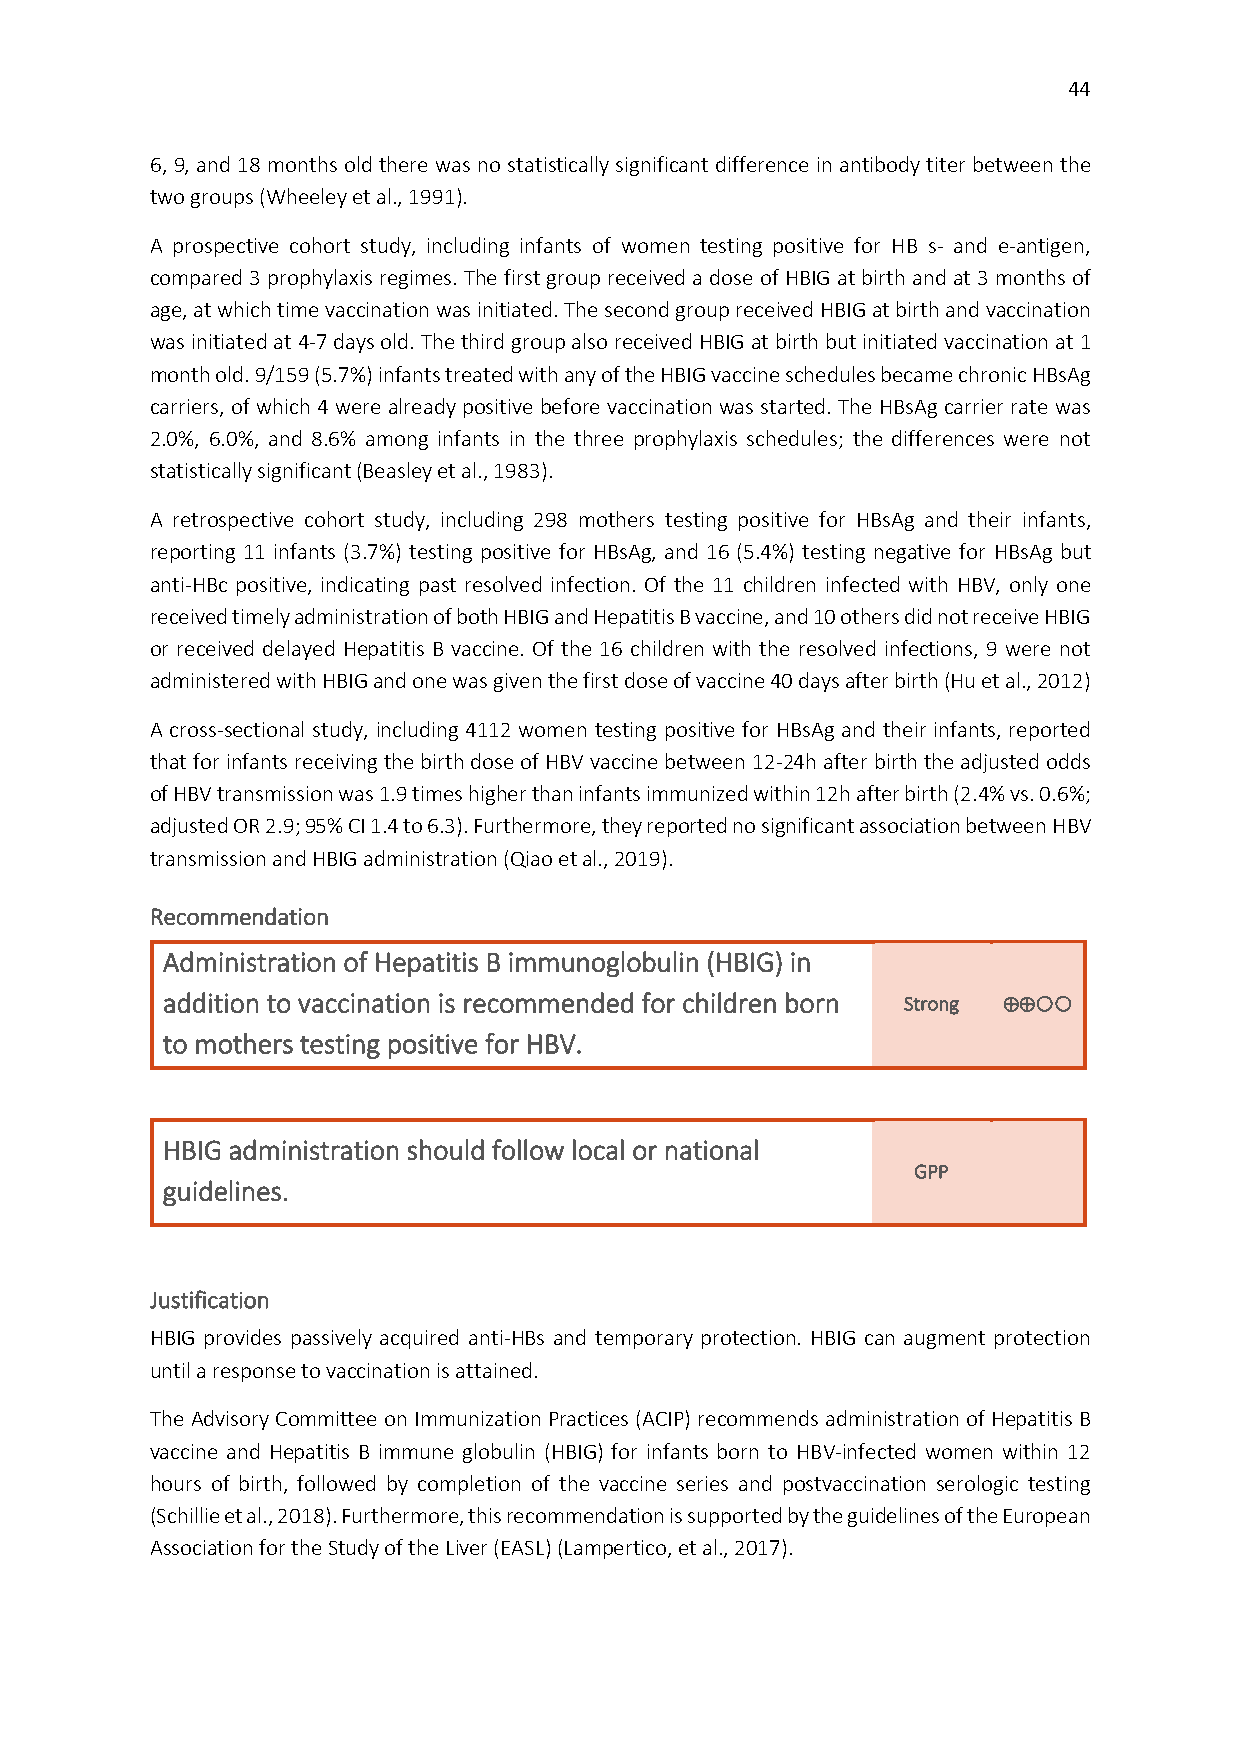
44
 6, 9, and 18 months old there was no statistically significant difference in antibody titer between the
 two groups (Wheeley et al., 1991).
 A prospective cohort study, including infants of women testing positive for HB s- and e-antigen,
 compared 3 prophylaxis regimes. The first group received a dose of HBIG at birth and at 3 months of
 age, at which time vaccination was initiated. The second group received HBIG at birth and vaccination
 was initiated at 4-7 days old. The third group also received HBIG at birth but initiated vaccination at 1
 month old. 9/159 (5.7%) infants treated with any of the HBIG vaccine schedules became chronic HBsAg
 carriers, of which 4 were already positive before vaccination was started. The HBsAg carrier rate was
 2.0%, 6.0%, and 8.6% among infants in the three prophylaxis schedules; the differences were not
 statistically significant (Beasley et al., 1983).
 A retrospective cohort study, including 298 mothers testing positive for HBsAg and their infants,
 reporting 11 infants (3.7%) testing positive for HBsAg, and 16 (5.4%) testing negative for HBsAg but
 anti-HBc positive, indicating past resolved infection. Of the 11 children infected with HBV, only one
 received timely administration of both HBIG and Hepatitis B vaccine, and 10 others did not receive HBIG
 or received delayed Hepatitis B vaccine. Of the 16 children with the resolved infections, 9 were not
 administered with HBIG and one was given the first dose of vaccine 40 days after birth (Hu et al., 2012)
 A cross-sectional study, including 4112 women testing positive for HBsAg and their infants, reported
 that for infants receiving the birth dose of HBV vaccine between 12-24h after birth the adjusted odds
 of HBV transmission was 1.9 times higher than infants immunized within 12h after birth (2.4% vs. 0.6%;
 adjusted OR 2.9; 95% CI 1.4 to 6.3). Furthermore, they reported no significant association between HBV
 transmission and HBIG administration (Qiao et al., 2019).
 Recommendation
 Administration of Hepatitis B immunoglobulin (HBIG) in
 addition to vaccination is recommended for children born Strong ⊕⊕
 to mothers testing positive for HBV.
 HBIG administration should follow local or national
 GPP
 guidelines.
 Justification
 HBIG provides passively acquired anti-HBs and temporary protection. HBIG can augment protection
 until a response to vaccination is attained.
 The Advisory Committee on Immunization Practices (ACIP) recommends administration of Hepatitis B
 vaccine and Hepatitis B immune globulin (HBIG) for infants born to HBV-infected women within 12
 hours of birth, followed by completion of the vaccine series and postvaccination serologic testing
 (Schillie et al., 2018). Furthermore, this recommendation is supported by the guidelines of the European
 Association for the Study of the Liver (EASL) (Lampertico, et al., 2017).